Scottish Leaving Certificate Examination, 1955
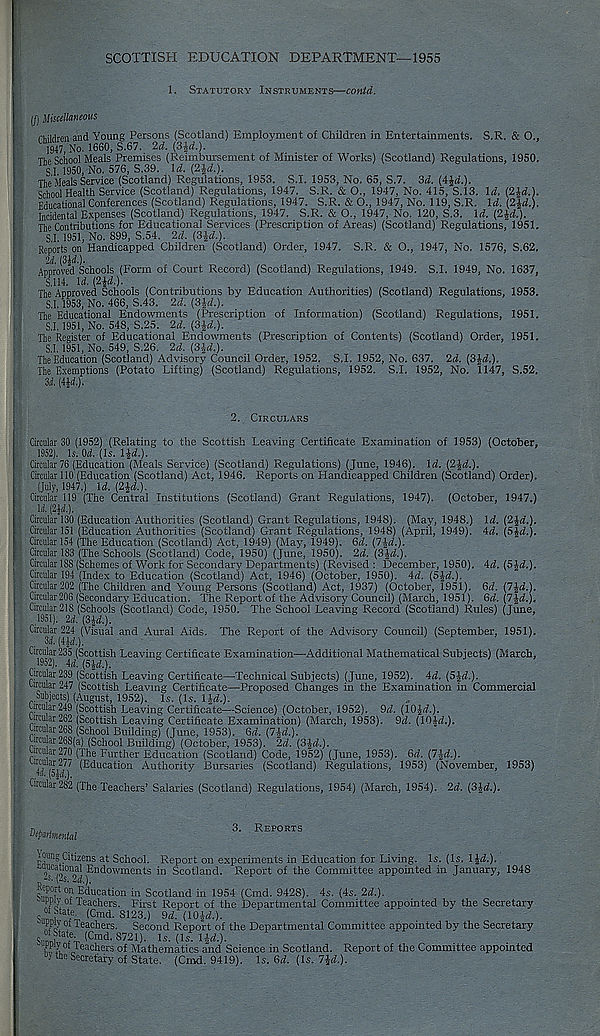
SCOTTISH EDUCATION DEPARTMENT—1955
1. Statutory Instruments—contd.
r' (/) Miscellaneous
rkilrlrm and Young Persons (Scotland) Employment of Children in Entertainments. S.R. & O..
1947 No. I860, S.67. 2d. (3ld.).
Thp School Meals Premises (Reimbursement of Minister of Works) (Scotland) Regulations, 1950.
SI 1950,No. 576, S.39. Id. (2id.).
The Meals Service (Scotland) Regulations, 1953. SJ, 1953, No. 65, S.7. 3d. (4frf.).
School Health Service (Scotland) Regulations, 1947. S.R. & O., 1947, No. 415, S.13. Id. (2ld.),
Educational Conferences (Scotland) Regulations, 1947. S.R. & O., 1947, No. 119, S.R. Id. (2\d.).
Incidental Expenses (Scotland) Regulations, 1947. S.R. & O., 1947, No. 120, S.3. Id. (2|ri.).
The Contributions for Educational Services (Prescription of Areas) (Scotland) Regulations, 1951,
S.I. 1951, No. 899, S.54. 2d. (3|-£f.).
Reports on Handicapped Children (Scotland) Order, 1947. S.R. & O., 1947, No. 1576, S.62,
U. (314.).
Approved Schools (Form of Court Record) (Scotland) Regulations, 1949. S.I. 1949. No. 1637,
S.114. U. {2\d.).
The Approved Schools (Contributions by Education Authorities) (Scotland) Regulations, 1953.
S.I. 1953, No. 466, S.43. 2d. (3\d.).
The Educational Endowments (Prescription of Information) (Scotland) Regulations, 1951.
S.I. 1951, No. 548, S.25. 2d. (3£<f.)-
The Register of Educational Endowments (Prescription of Contents) (Scotland) Order, 1951.
S.I. 1951, No. 549, S.26. 2d. (SiJ.).
The Education (Scotland) Advisory Council Order, 1952. S.I. 1952, No. 637. 2d. (3Jrf.).
The Exemptions (Potato Lifting) (Scotland) Regulations, 1952. S.I. 1952, No. 1147, S.52.
1 3d. (4*4.).
2. Circulars
Circular 30 (1952) (Relating to the Scottish Leaving Certificate Examination of 1953) (October,
1952). Is. 04. (Is. lid.).
Circular 76 (Education (Meals Service) (Scotland) Regulations) (June, 1946). Id. (2*4.).
Circular 110 (Education (Scotland) Act, 1946. Reports on Handicapped Children (Scotland) Order).
(July, 1947.) Id. (2*4.).
Circular 119 (The Central Institutions (Scotland) Grant Regulations, 1947). (October, 1947.)
M (2*4.).
Id. (2*4,),
44. (5*4.).
| Circular 130 (Education Authorities (Scotland) Grant Regulations, 1948). (May, 1948.)
,f Circular 151 (Education Authorities (Scotland) Grant Regulations, 1948) (April, 1949).
i Circular 154 (The Education (Scotland) Act, 1949) (May, 1949), 64. (7*4.).
s Circular 183 (The Schools (Scotland) Code, 1950) (June, 1950). 24. (3*4.).
' Circular 188 (Schemes of Work for Secondary Departments) (Revised : December, 1950). 44. (5*4.).
Circular 194 (Index to Education (Scotland) Act, 1946) (October, 1950). 44. (5*4.).
i i Circular 202 (The Children and Young Persons (Scotland) Act, 1937) (October, 1951). 64. (7*4.).
y Circular 206 (Secondary Education. The Report of the Advisory Council) (March, 1951). 64. (7*4.).
I Circular 21 2 S (Schools (Scotland) Code, 1950. The School Leaving Record (Scotland) Rules) (June,
- Circular 224 (Visual and Aural Aids. The Report of the Advisory Council) (September, 1951).
3rf. (4*4.),
Circular 235 (Scottish Leaving Certificate Examination—Additional Mathematical Subjects) (March,
1 ..1952). 44. (5*4.).
Circular 239 (Scottish Leaving Certificate—Technical Subjects) (June, 1952). 44. (5*4.).
Circular 247 (Scottish Leaving Certificate—Proposed Changes in the Examination in Commercial
. . Subjects) (August, 1952). Is. (Is. 1*4.).
Lrcular 249 (Scottish Leaving Certificate—Science) (October, 1952). 94. (10*4.).
Circuar262 (Scottish Leaving Certificate Examination) (March, 1953). 94. (1014.).
CircdapS (School Building) (June, 1953). 64. (7*4.).
1
268(a) (School Building) (October, 1953). 24. (3*4.).
I
Further Education (Scotland) Code, 1952) (June, 1953). 64. (7*4.).
(5*4.),
(Education Authority Bursaries (Scotland) Regulations, 1953) (November, 1953)
Cicular 282 (The Teachers’ Salaries (Scotland) Regulations, 1954) (March, 1954). 24. (3*4.).
n . ,
3. Reports
departmental
loungCitizens at School. Report on experiments in Education for Living. Is. (Is. 1*4.).
Endowments in Scotland. Report of the Committee appointed in January, 1948
!'P°, rt ™ Education in Scotland in 1954 (Cmd. 9428). 4s. (4s. 24.).
TO! of Teachers. First Report of the Departmental Committee appointed by the Secretary
Suli 3 /A- (Cmd ' 8123 -) 9d - (10*4.).
uppn ot Teachers. Second Report of the Departmental Committee appointed by the Secretary
S,lr (Cmd ' 8721 )- ls - (I s - IP-)-
leathers of Mathematics and Science in Scotland. Report of the Committee appointed
"S me Secretary of State. (Cmd. 9419). Is. 64. (Is. 7*4.).